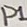
Text: P1